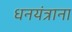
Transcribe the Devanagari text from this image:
धनयंत्राना